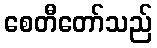
စေတီတော်သည်